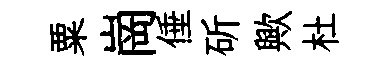
粟崗倕斫歟杜